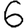
Digit: 6